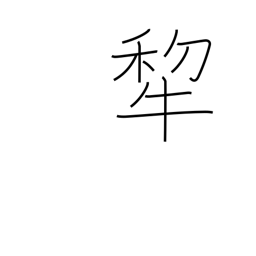
Meaning: plow